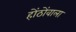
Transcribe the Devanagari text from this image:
होंठोंवाला